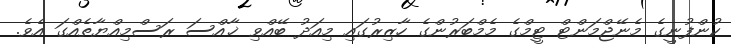
ކުންފުނީގެ މެނޭޖްމަންޓް ޓީމްގެ މެމްބަރުންގެ ހާޒިރުގައި މިއަދު ބޭއްވި ޚާއްސަ ރަސްމިއްޔާތެއްގަ އެވެ.